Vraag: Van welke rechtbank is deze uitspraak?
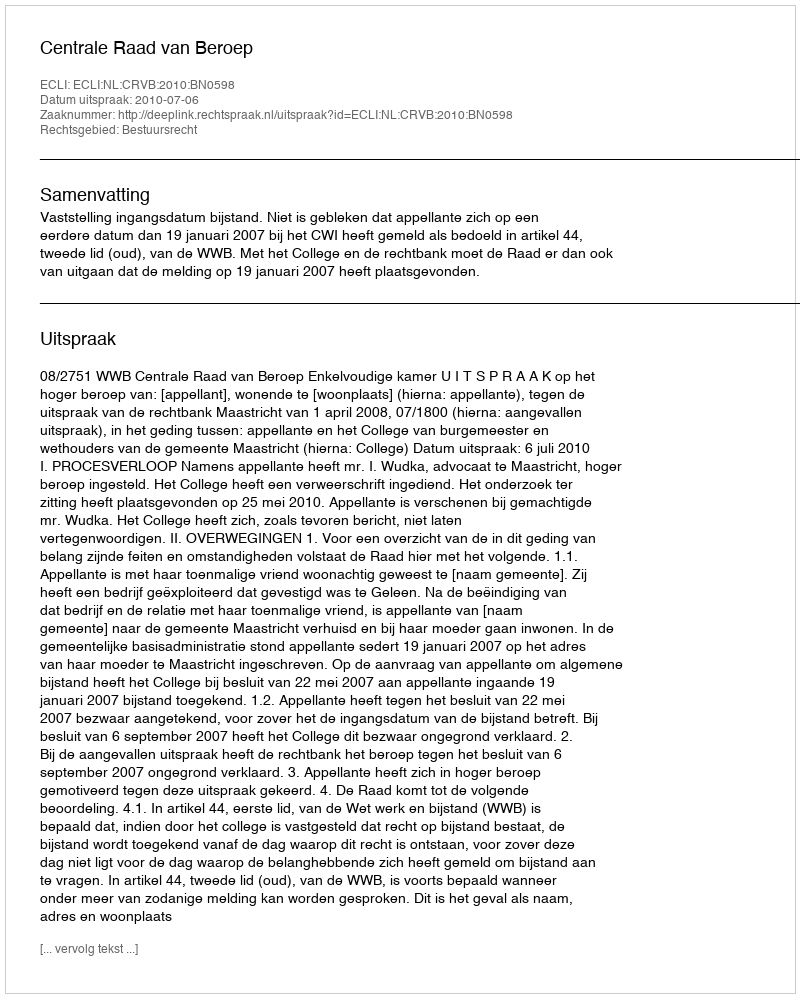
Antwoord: Centrale Raad van Beroep